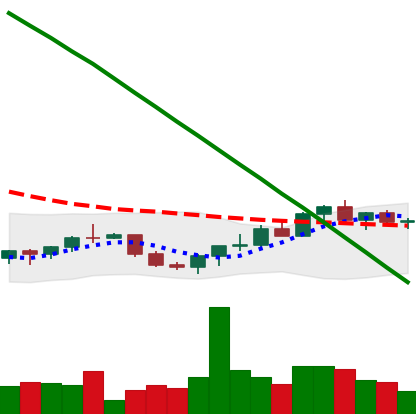
Ticker: XRP-USD
Chart end date: 2022-07-23
Forward return: 3.848%
Label: up_3_5